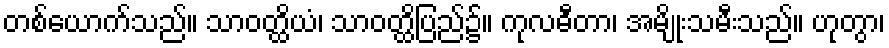
တစ်ယောက်သည်။ သာဝတ္ထိယံ၊ သာဝတ္ထိပြည်၌။ ကုလဓီတာ၊ အမျိုးသမီးသည်။ ဟုတွာ၊